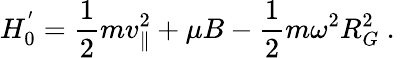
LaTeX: H_{0}^{^{\prime}}=\frac{1}{2}mv_{\parallel}^{2}+\mu B-\frac{1}{2}m\omega^{2}R_{G}^{2}\mathrm{~.~}